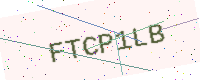
Text: FTCP1LB